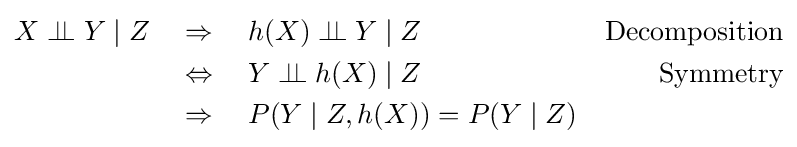
{\begin{aligned}X\perp \!\!\!\perp Y\mid Z\quad &\Rightarrow \quad h(X)\perp \!\!\!\perp Y\mid Z\quad &{\text{Decomposition}}\\&\Leftrightarrow \quad Y\perp \!\!\!\perp h(X)\mid Z\quad &{\text{Symmetry}}\\&\Rightarrow \quad P(Y\mid Z,h(X))=P(Y\mid Z)\end{aligned}}